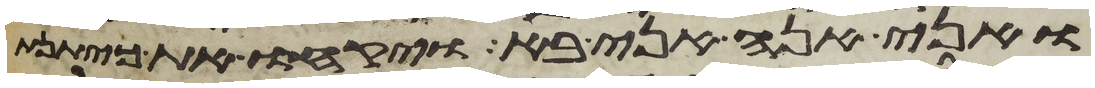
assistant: ואני הנה אני בא ויקחו את כיתנת